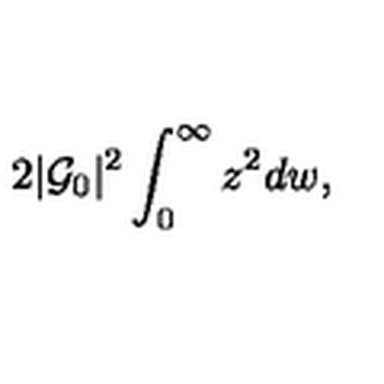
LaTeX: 2 | { \cal G } _ { 0 } | ^ { 2 } \int _ { 0 } ^ { \infty } z ^ { 2 } d w ,